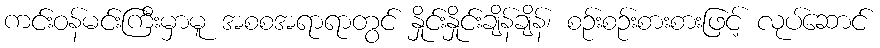
ကင်းဝန်မင်းကြီးမှာမူ အစစအရာရာတွင် နှိုင်းနှိုင်းချိန်ချိန်၊ စဉ်းစဉ်းစားစားဖြင့် လုပ်ဆောင်